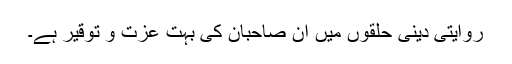
روایتی دینی حلقوں میں ان صاحبان کی بہت عزت و توقیر ہے۔